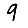
Digit: 9